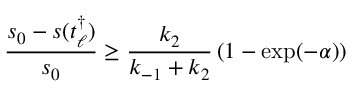
\frac { s _ { 0 } - s ( t _ { \ell } ^ { \dagger } ) } { s _ { 0 } } \geq \frac { k _ { 2 } } { k _ { - 1 } + k _ { 2 } } \left( 1 - \exp ( - \alpha ) \right)